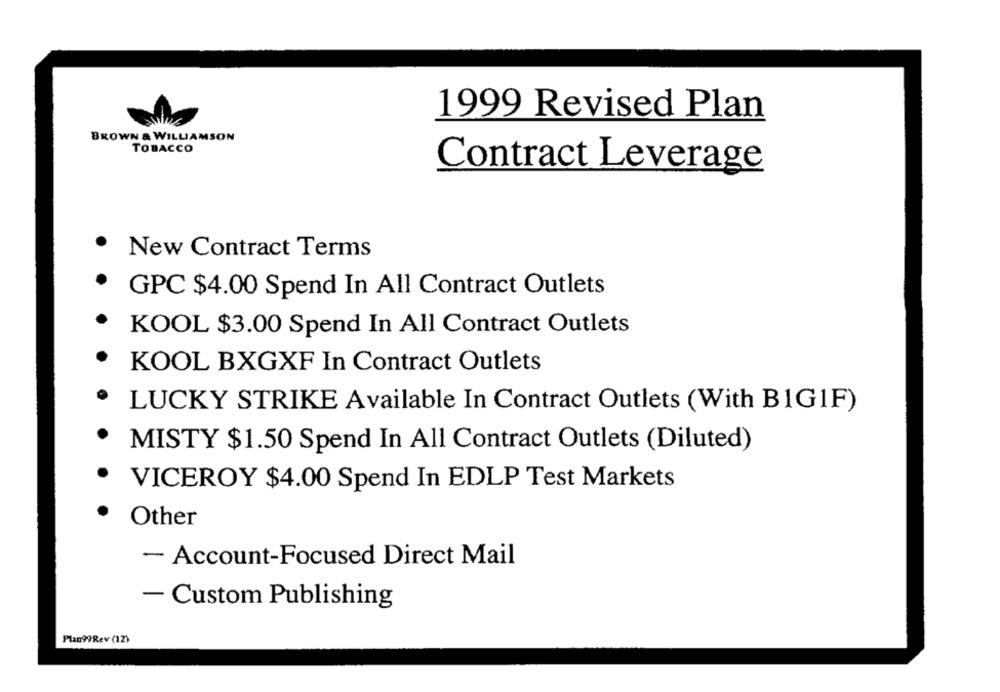
1999 Revised Plan
BROWN & WILLIAMSON
TOBACCO
Contract Leverage
.
New Contract Terms
GPC $4.00 Spend In All Contract Outlets
KOOL $3.00 Spend In All Contract Outlets
KOOL BXGXF In Contract Outlets
LUCKY STRIKE Available In Contract Outlets (With BIG1F)
MISTY $1.50 Spend In All Contract Outlets (Diluted)
VICEROY $4.00 Spend In EDLP Test Markets
.
Other
- Account-Focused Direct Mail
- Custom Publishing
Plan99Rev (12)